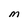
Character: M